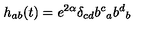
h _ { a b } ( t ) = e ^ { 2 \alpha } \delta _ { c d } { b ^ { c } } _ { a } { b ^ { d } } _ { b }